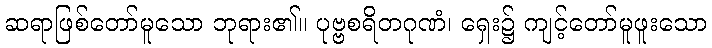
ဆရာဖြစ်တော်မူသော ဘုရား၏။ ပုဗ္ဗစရိတဂုဏံ၊ ရှေး၌ ကျင့်တော်မူဖူးသော